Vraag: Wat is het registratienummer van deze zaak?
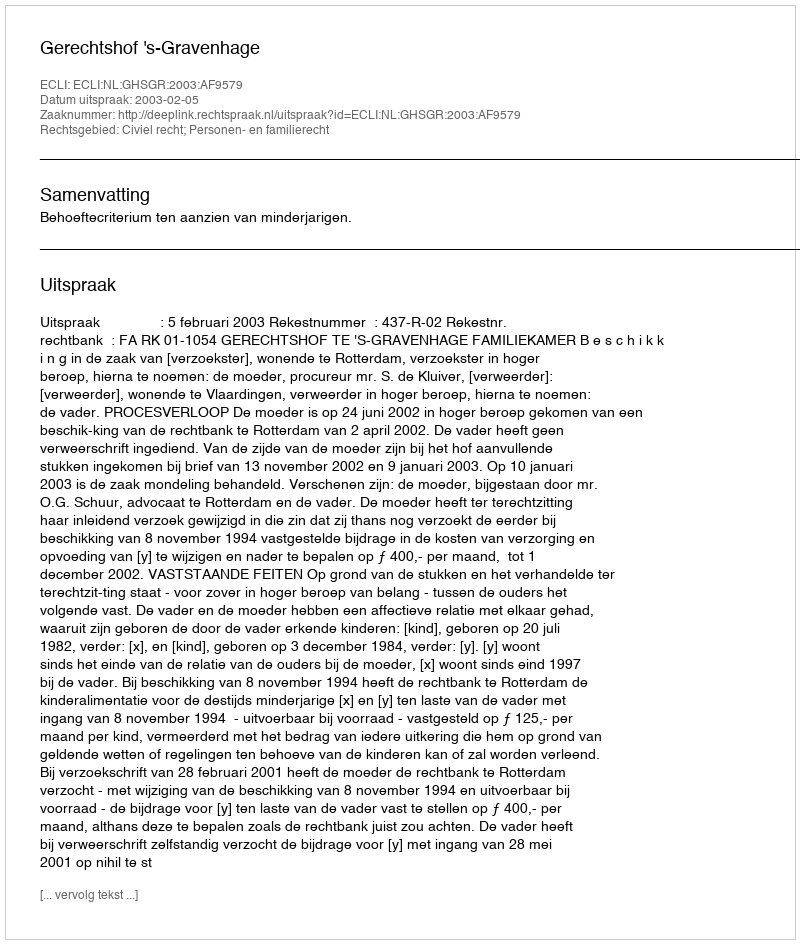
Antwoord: http://deeplink.rechtspraak.nl/uitspraak?id=ECLI:NL:GHSGR:2003:AF9579